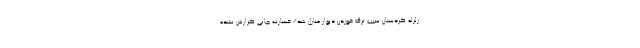
زلزله کردستان سبب ترک خوردن دیوار منازل شد/ خسارت جانی گزارش نشده